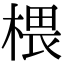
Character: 椳